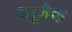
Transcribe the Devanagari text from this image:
ब्लूजैक